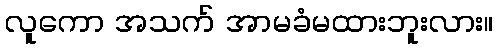
လူကော အသက် အာမခံမထားဘူးလား။